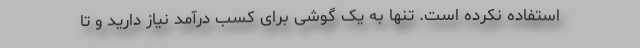
استفاده نکرده است. تنها به یک گوشی برای کسب درآمد نیاز دارید و تا